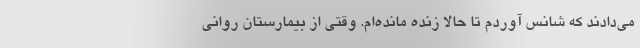
می‌دادند که شانس آوردم تا حالا زنده مانده‌ام. وقتی از بیمارستان روانی